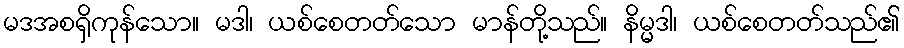
မဒအစရှိကုန်သော။ မဒါ၊ ယစ်စေတတ်သော မာန်တို့သည်။ နိမ္မဒါ၊ ယစ်စေတတ်သည်၏